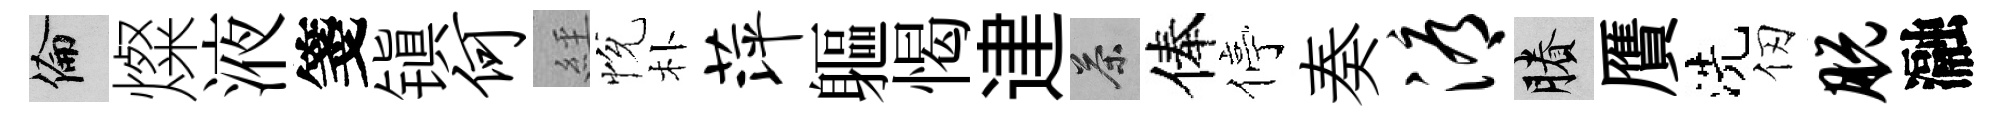
倫燦液箋镇何𦀇恱朴萍軀愒䢖茶俸停奏溽賸贋洗仞脱瀜